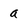
Character: a